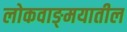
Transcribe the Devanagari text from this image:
लोकवाङ्‍मयातील